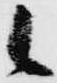
候